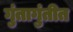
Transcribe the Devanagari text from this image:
गुंतागुंतीत